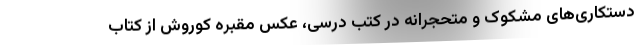
دستکاری‌های مشکوک و متحجرانه در کتب درسی، عکس مقبره کوروش از کتاب